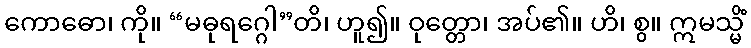
ကောဓော၊ ကို။ “မဓုရဂ္ဂေါ”တိ၊ ဟူ၍။ ဝုတ္တော၊ အပ်၏။ ဟိ၊ စွ။ ဣမသ္မိံ